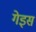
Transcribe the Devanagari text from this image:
गेइस